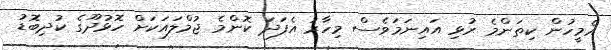
އެމީހުން ކިތަންމެ ރުޅި އައިނަމަވެސް މިހާރު އެފަދަ ކޮންމެ ޖުމްލައަކަށް ހޮޅުދޫގެ ކުދިބޮޑު